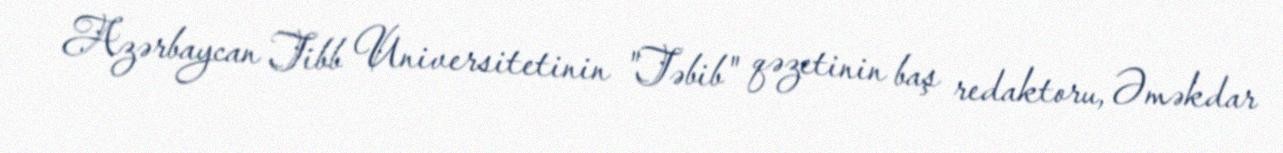
Azərbaycan Tibb Universitetinin "Təbib" qəzetinin baş redaktoru, Əməkdar